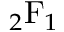
{ } _ { 2 } \mathrm { F } _ { 1 }